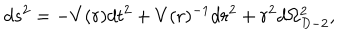
LaTeX: d s ^ { 2 } = - V ( r ) d t ^ { 2 } + V ( r ) ^ { - 1 } d r ^ { 2 } + r ^ { 2 } d \Omega _ { D - 2 } ^ { 2 } ,